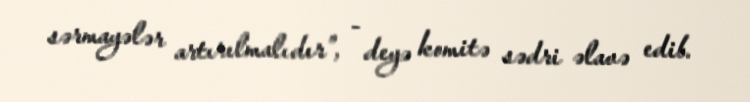
sərmayələr artırılmalıdır”, - deyə komitə sədri əlavə edib.